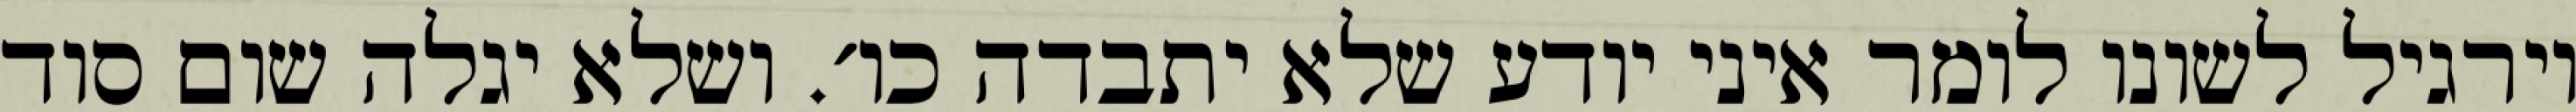
וירגיל לשונו לומר איני יודע שלא יתבדה כו׳. ושלא יגלה שום סוד